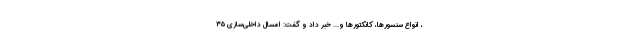
، انواع سنسورها، کانکتورها و... خبر داد و گفت: امسال داخلی‌سازی ۳۵